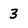
Character: 3